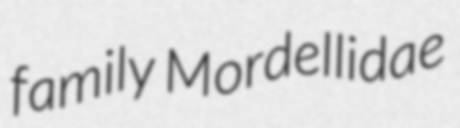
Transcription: family Mordellidae